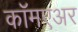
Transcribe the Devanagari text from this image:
कॉमएअर